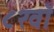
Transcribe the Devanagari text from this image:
८२वाँ